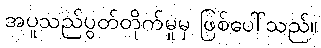
အပူသည်ပွတ်တိုက်မှုမှ ဖြစ်ပေါ်သည်။